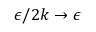
\epsilon / 2 k \to \epsilon